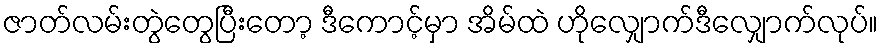
ဇာတ်လမ်းတွဲတွေပြီးတော့ ဒီကောင့်မှာ အိမ်ထဲ ဟိုလျှောက်ဒီလျှောက်လုပ်။